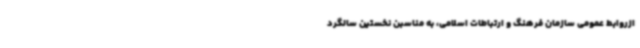
ازروابط عمومی سازمان فرهنگ و ارتباطات اسلامی، به مناسبن نخستین سالگرد